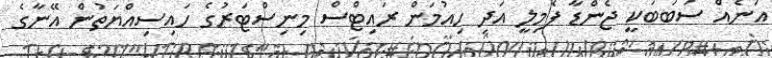
އަނެއް ސަބަބަކީ ޖެންޑާ ފެމިލީ އަދި ހިއުމަން ރައިޓްސް މިނިސްޓަރުގެ ހައިސިއްޔަތުން އޭނާގެ